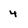
Character: 4